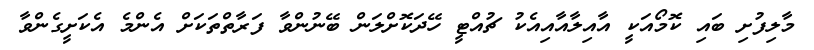
މާލިފުށި ބައި ކޮމޯއަކީ އާއިލާއާއިއެކު ޗުއްޓީ ހޭދަކޮށްލަން ބޭނުންވާ ފަރާތްތަކަށް އެންމެ އެކަށީގެންވާ